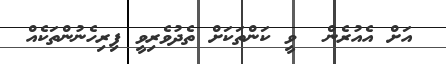
އަށް އެއުރެން  ވީ ކަންތަކަށް ތެދުވެރިވީ ފިރިހެނުންތަކެއް